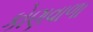
કોણવાળા